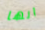
انها